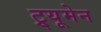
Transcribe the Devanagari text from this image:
ट्र्यूमेन